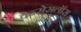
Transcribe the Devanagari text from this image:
वेन्सेसलॉस